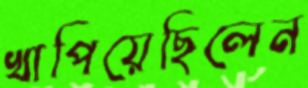
খাপিয়েছিলেন